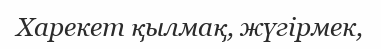
Харекет қылмақ, жүгірмек,